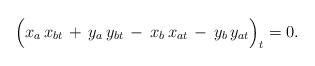
LaTeX: \begin{align*}\Big( x_a\,x_{bt}\,+\,y_a\,y_{bt} \,-\,x_b\,x_{at}\,-\,y_b\,y_{at}\Big)_t=0.\end{align*}